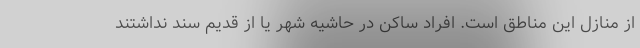
از منازل این مناطق است. افراد ساکن در حاشیه شهر یا از قدیم سند نداشتند